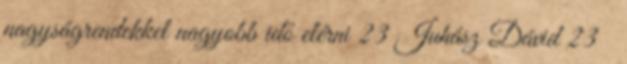
nagyságrendekkel nagyobb idő elérni 23 Juhász Dávid 23